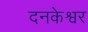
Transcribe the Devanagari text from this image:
दनकेश्वर